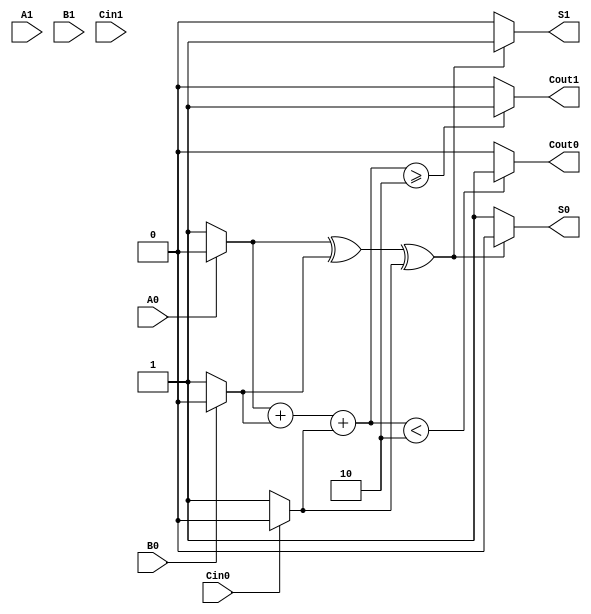
module DualRailFullAdder (
    input wire A1, A0,       // Dual-rail representation of input A
    input wire B1, B0,       // Dual-rail representation of input B
    input wire Cin1, Cin0,   // Dual-rail representation of carry input Cin
    output wire S1, S0,      // Dual-rail representation of sum output S
    output wire Cout1, Cout0  // Dual-rail representation of carry output Cout
);

    // Intermediate signals for the true states
    wire A, B, Cin;
    wire sum, carry;

    // Decode dual-rail inputs to single bit values
    assign A = A0 ? 0 : 1;      // A = 0 if A0 is active, A = 1 if A1 is active
    assign B = B0 ? 0 : 1;      // B = 0 if B0 is active, B = 1 if B1 is active
    assign Cin = Cin0 ? 0 : 1;  // Cin = 0 if Cin0 is active, Cin = 1 if Cin1 is active

    // Compute the sum and carry using basic logic
    assign sum = A ^ B ^ Cin; // Sum logic
    assign carry = (A & B) | (Cin & (A ^ B)); // Carry logic

    // Dual-rail outputs for sum
    assign S1 = sum ? 1 : 0; // S1 is active if sum is 1
    assign S0 = !sum ? 1 : 0; // S0 is active if sum is 0

    // Dual-rail outputs for carry
    assign Cout1 = (A + B + Cin) >= 2 ? 1 : 0; // Cout1 is active if carry is 1
    assign Cout0 = (A + B + Cin) < 2 ? 1 : 0; // Cout0 is active if carry is 0

endmodule